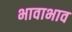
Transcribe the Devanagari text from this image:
भावाभाव